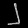
Digit: ၂